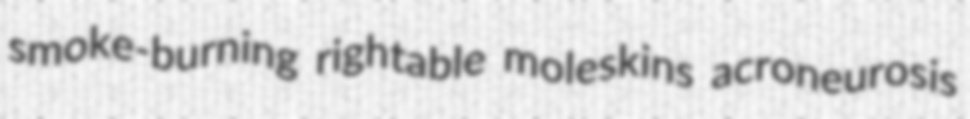
smoke-burning rightable moleskins acroneurosis